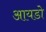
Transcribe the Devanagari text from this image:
आयडो